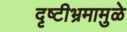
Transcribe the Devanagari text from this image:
दृष्टीभ्रमामुळे